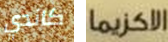
كاندي الاكزيما